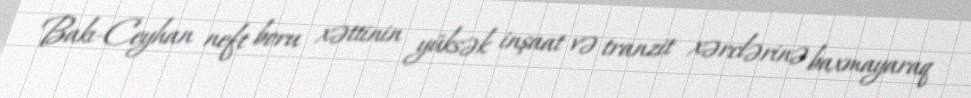
Bakı-Ceyhan neft boru xəttinin yüksək inşaat və tranzit xərclərinə baxmayaraq